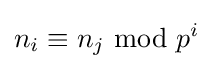
n_{i}\equiv n_{j}{\mbox{ mod }}p^{i}